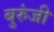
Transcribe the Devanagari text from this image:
बुरुंजी